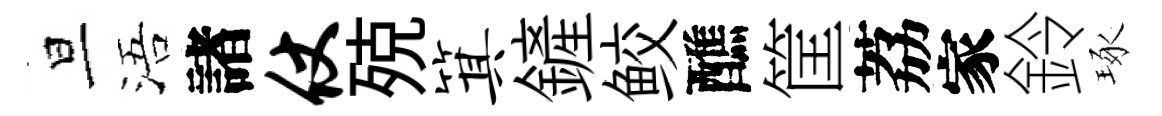
旦浯諸仗殑箕鏟鲛醮筐荔家鈴琢